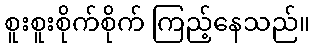
စူးစူးစိုက်စိုက် ကြည့်နေသည်။